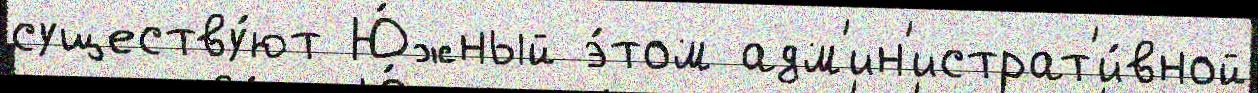
существу́ют Ю́жный э́том адм'ин'истрат'и́вной